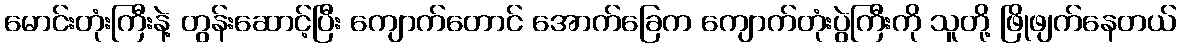
မောင်းတုံးကြီးနဲ့ တွန်းဆောင့်ပြီး ကျောက်တောင် အောက်ခြေက ကျောက်တုံးပွဲကြီးကို သူတို့ ဖြိုဖျက်နေတယ်